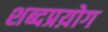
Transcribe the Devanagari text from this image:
शब्दप्रय़ोग